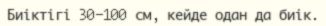
Биіктігі 30-100 см, кейде одан да биік.